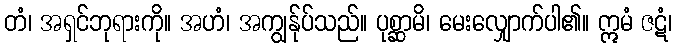
တံ၊ အရှင်ဘုရားကို။ အဟံ၊ အကျွန်ုပ်သည်။ ပုစ္ဆာမိ၊ မေးလျှောက်ပါ၏။ ဣမံ ဇဋံ၊